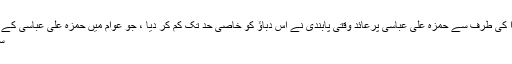
پیمرا کی طرف سے حمزہ علی عباسی پرعائد وقتی پابندی نے اُس دباؤ کو خاصی حد تک کم کر دیا ، جو عوام میں حمزہ علی عباسی کے خ...
سوال!